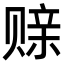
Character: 𫎪